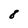
Character: 8